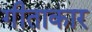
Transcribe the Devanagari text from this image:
गीताकार